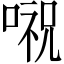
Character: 𠺷